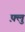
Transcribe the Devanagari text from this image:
फ़्लु